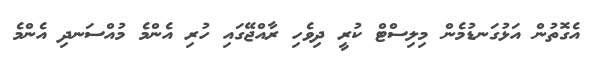
އެގޮތުން އަޅުގަނޑުމެން މިލިސްޓް ކުރީ ދިވެހި ރާއްޖޭގައި ހުރި އެންމެ މުއްސަނދި އެންމެ